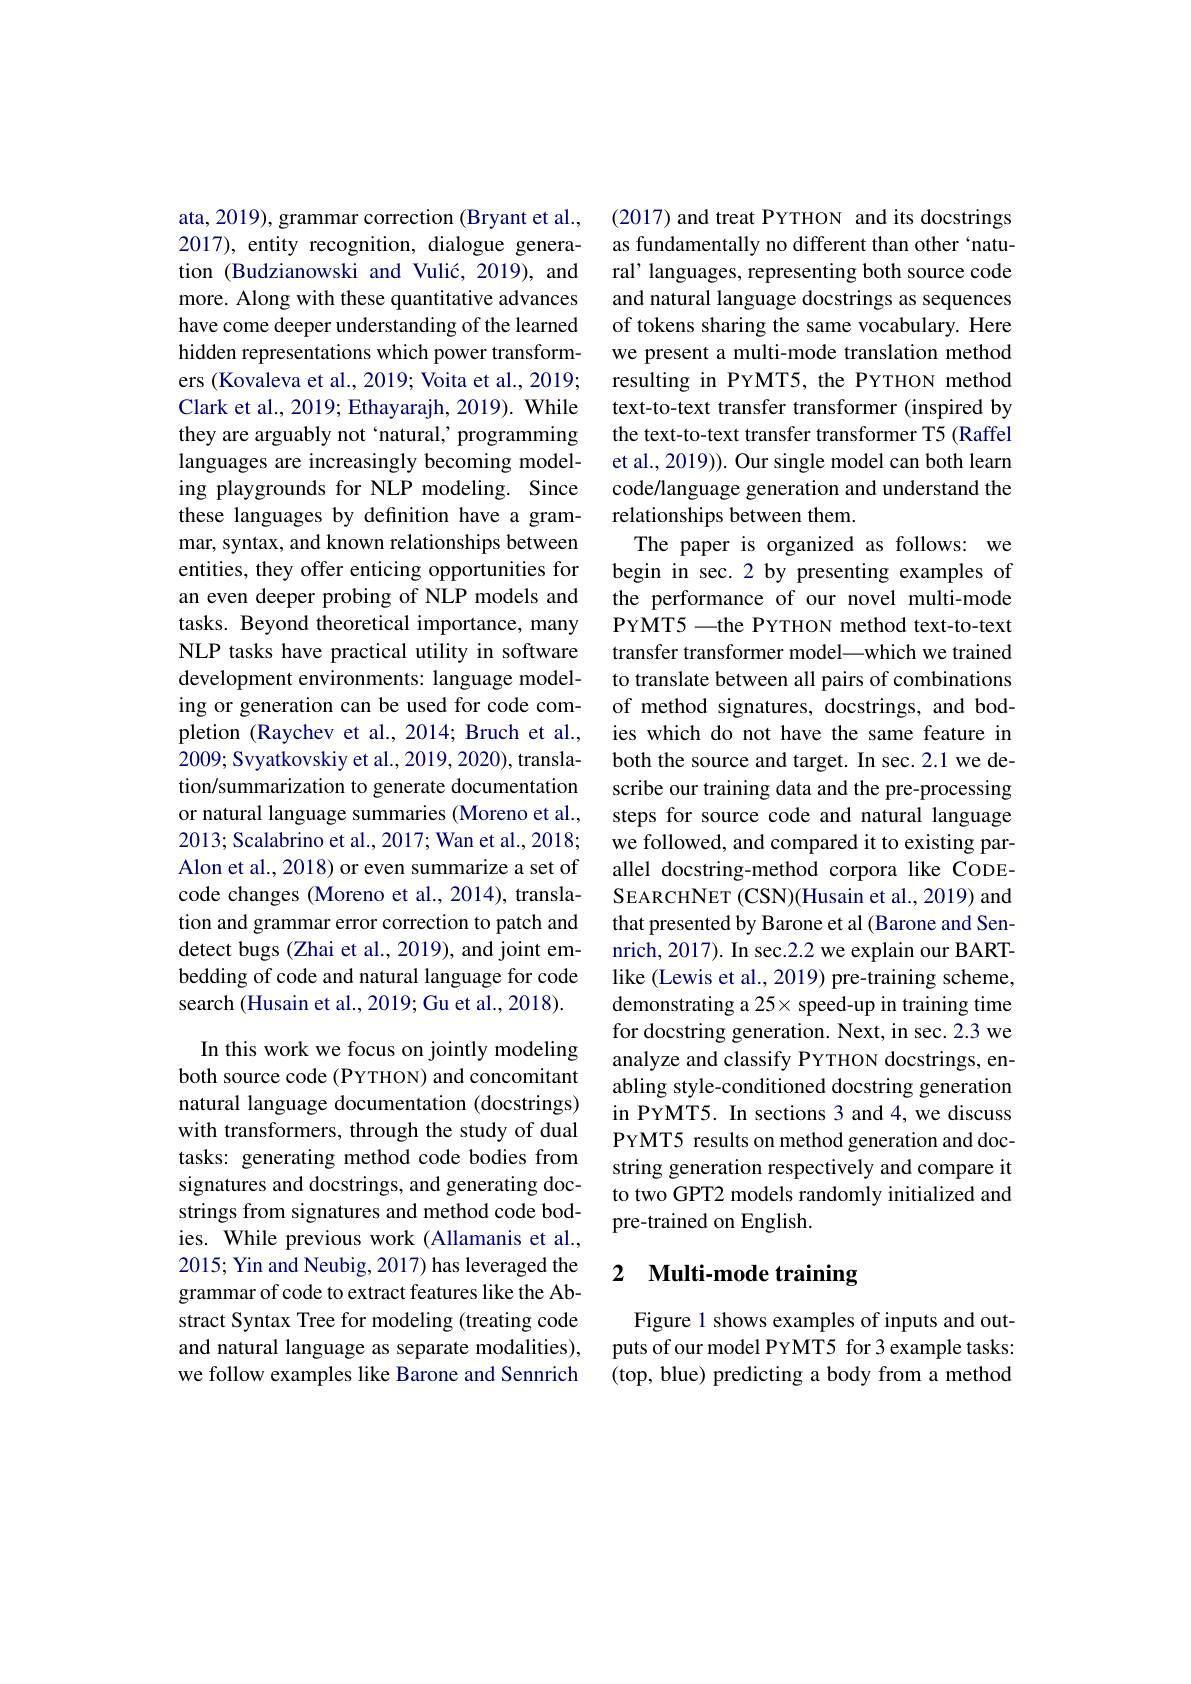
ata, 2019), grammar correction (Bryant et al., 2017), entity recognition, dialogue generamore. Along with these quantitative advances have come deeper understanding of the learned hidden representations which power transformers (Kovaleva et al., 2019; Voita et al., 2019; Clark et al., 2019; Ethayarajh, 2019). While languages are increasingly becoming modeling playgrounds for NLP modeling. Since these languages by definition have a grammar, syntax, and known relationships between entities, they offer enticing opportunities for an even deeper probing of NLP models and tasks. Beyond theoretical importance, many NLP tasks have practical utility in software development environments: language modeling or generation can be used for code completion (Raychev et al., 2014; Bruch et al., 2009; Svyatkovskiy et al., 2019, 2020), translation/summarization to generate documentation or natural language summaries (Moreno et al., 2013; Scalabrino et al., 2017; Wan et al., 2018; Alon et al., 2018) or even summarize a set of code changes (Moreno et al., 2014), translation and grammar error correction to patch and detect bugs (Zhai et al., 2019), and joint embedding of code and natural language for code search (Husain et al., 2019; Gu et al., 2018). In this work we focus on jointly modeling both source code (PYTHON) and concomitant natural language documentation (docstrings) with transformers, through the study of dual tasks: generating method code bodies from signatures and docstrings, and generating docstrings from signatures and method code bodies. While previous work (Allamanis et al., 2015; Yin and Neubig, 2017) has leveraged the grammar of code to extract features like the Abstract Syntax Tree for modeling (treating code and natural language as separate modalities), puts of our model PYMT5 for 3 example tasks:
we follow examples like Barone and Sennrich

(2017) and treat PYTHON and its docstrings as fundamentally no different than other `natu-
tion (Budzianowski and Vulić, 2019), and ral' languages, representing both source code
and natural language docstrings as sequences of tokens sharing the same vocabulary. Here we present a multi-mode translation method resulting in PYMT5, the PYTHON method text-to-text transfer transformer (inspired by
they are arguably not ‘natural’ programming the text-to-text transfer transformer T5 (Raffel
et al., 2019)). Our single model can both learn code/language generation and understand the relationships between them.
The paper is organized as follows: we begin in sec.2 by presenting examples of the performance of our novel multi-mode PYMT5 -the PYTHON method text-to-text transfer transformer model—which we trained to translate between all pairs of combinations of method signatures, docstrings, and bodies which do not have the same feature in both the source and target. In sec.2.1 we describe our training data and the pre-processing steps for source code and natural language we followed, and compared it to existing parallel docstring-method corpora like CODESEARCHNET ( CSN) ( Husain et al. , 2019) and that presented by Barone et al (Barone and Sennrich, 2017). In sec.2.2 we explain our BARTlike (Lewis et al., 2019) pre-training scheme, demonstrating a 25× speed-up in training time for docstring generation. Next, in sec. 2.3 we analyze and classify PYTHON docstrings, enabling style-conditioned docstring generation in PYMT5. In sections 3 and 4, we discuss PYMT5 results on method generation and docstring generation respectively and compare it to two GPT2 models randomly initialized and pre-trained on English.

# 2 Multi-mode training

Figure 1 shows examples of inputs and out- (top, blue) predicting a body from a method